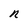
Character: n